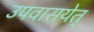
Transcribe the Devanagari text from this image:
उपवासयेत्